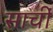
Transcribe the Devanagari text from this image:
साचीं